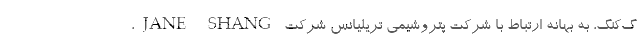
گ‌کنگ، به بهانه ارتباط با شرکت پتروشیمی تریلیانس شرکت JANE SHANG،